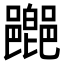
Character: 𨞸